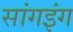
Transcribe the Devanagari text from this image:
सांगइंग